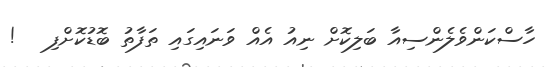
ހާސްކަންވެލެންސިއާ ބަލިކޮށް ނިއު އެއް ވަނައިގައި ތަފާތު ބޮޑުކޮށްފި   !